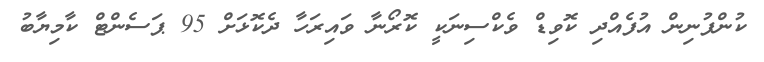
ކުންފުނިން އުފެއްދި ކޮވިޑް ވެކްސިނަކީ ކޮރޯނާ ވައިރަހާ ދެކޮޅަށް 95 ޕަސެންޓް ކާމިޔާބު